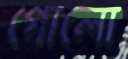
গোলো